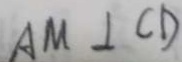
A M \bot C D